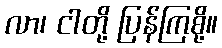
လာ၊ ငါတို့ ပြန်ကြစို့။